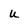
Character: n